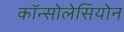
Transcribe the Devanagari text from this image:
कॉन्सोलेसियोन